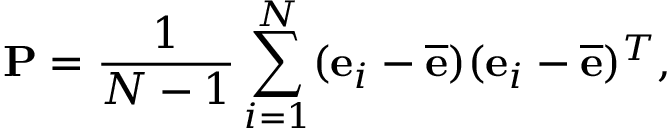
\mathbf { P } = \frac { 1 } { N - 1 } \sum _ { i = 1 } ^ { N } ( \mathbf { e } _ { i } - \overline { { \mathbf { e } } } ) ( \mathbf { e } _ { i } - \overline { { \mathbf { e } } } ) ^ { T } ,